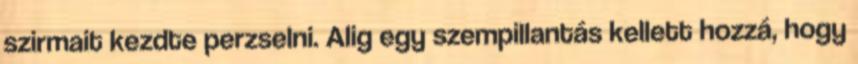
szirmait kezdte perzselni. Alig egy szempillantás kellett hozzá, hogy